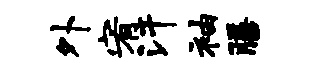
外宥汗袖膳